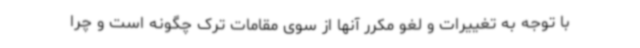
با توجه به تغییرات و لغو مکرر آنها از سوی مقامات ترک چگونه است و چرا